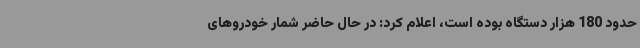
حدود 180 هزار دستگاه بوده است، اعلام کرد: در حال حاضر شمار خودروهای